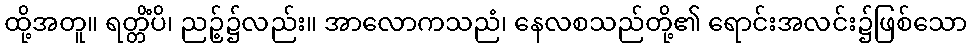
ထို့အတူ။ ရတ္တိံပိ၊ ညဉ့်၌လည်း။ အာလောကသညံ၊ နေလစသည်တို့၏ ရောင်းအလင်း၌ဖြစ်သော